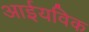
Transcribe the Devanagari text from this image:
आईयविक